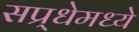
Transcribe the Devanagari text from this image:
सप्र्धेमध्ये